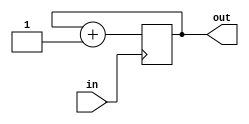
module bit_to_real (output wire out, input wire in);
  reg rval = 0;
  assign out = rval;
  always @(posedge in) rval = rval + 1;
endmodule